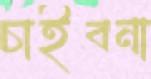
চাইবনা